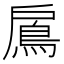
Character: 鳸